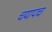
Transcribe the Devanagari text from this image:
चयापच